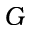
G